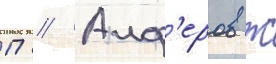
П // Алф'еров ж